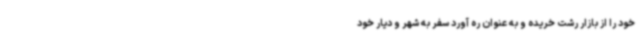
خود را از بازار رشت خریده و به عنوان ره آورد سفر به شهر و دیار خود